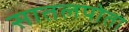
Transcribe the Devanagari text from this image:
सातलपोता